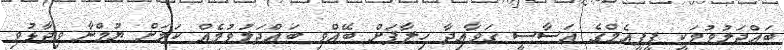
ބައްދަލުވުމަކީ ޕީޕީއެމްގެ އަސާސީ ގަވާއިދާ ހިލާފަށް ބޭއްވި ބައްދަލުވުމެއް ކަމަށް ޔުމްނާ ވިދާޅުވި